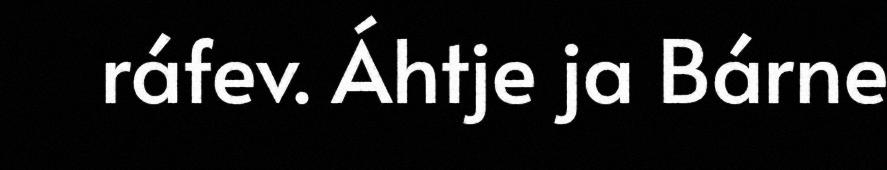
ráfev. Áhtje ja Bárne